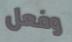
وفعل